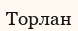
Торлан